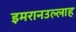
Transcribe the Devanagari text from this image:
इमरानउल्लाह